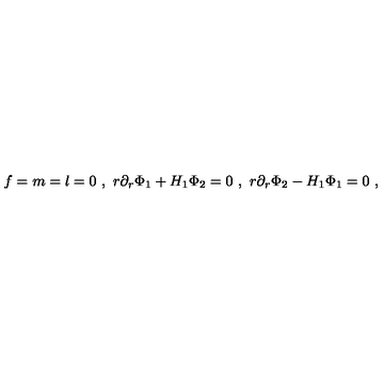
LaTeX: f = m = l = 0 \ , \ r \partial _ { r } \Phi _ { 1 } + H _ { 1 } \Phi _ { 2 } = 0 \ , \ r \partial _ { r } \Phi _ { 2 } - H _ { 1 } \Phi _ { 1 } = 0 \ , \nonumber